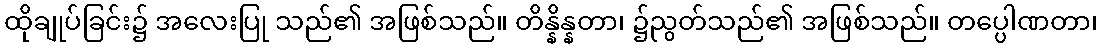
ထိုချုပ်ခြင်း၌ အလေးပြု သည်၏ အဖြစ်သည်။ တိန္နိန္နတာ၊ ၌ညွတ်သည်၏ အဖြစ်သည်။ တပ္ပေါဏတာ၊